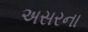
અસરના